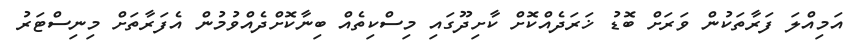
އަމިއްލަ ފަރާތަކުން ވަރަށް ބޮޑު ޚަރަދެއްކޮށް ކާށިދޫގައި މިސްކިތެއް ބިނާކޮށްދެއްވުމުން އެފަރާތަށް މިނިސްޓަރު